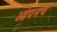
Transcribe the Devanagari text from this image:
ओपनचे